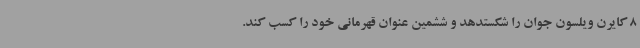
8 کایرن ویلسون جوان را شکستدهد و ششمین عنوان قهرمانی خود را کسب کند.